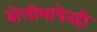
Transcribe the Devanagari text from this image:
बोलीभाषेतही